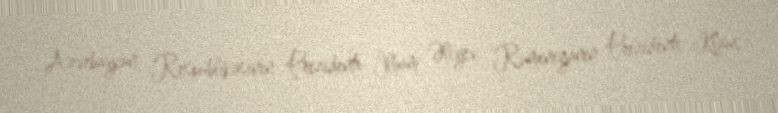
Azərbaycan Respublikasının Prezidenti İlham Əliyev Rumıniyanın Prezidenti Klaus